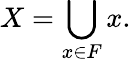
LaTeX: X=\bigcup_{x\in F}x.